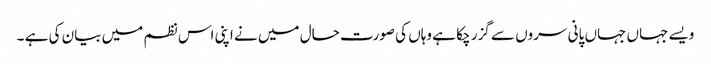
ویسے جہاں جہاں پانی سروں سے گزر چکا ہے وہاں کی صورت حال میں نے اپنی اس نظم میں بیان کی ہے ۔